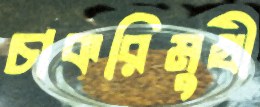
চাকরিমুখী